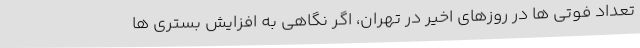
تعداد فوتی ها در روزهای اخیر در تهران، اگر نگاهی به افزایش بستری ها